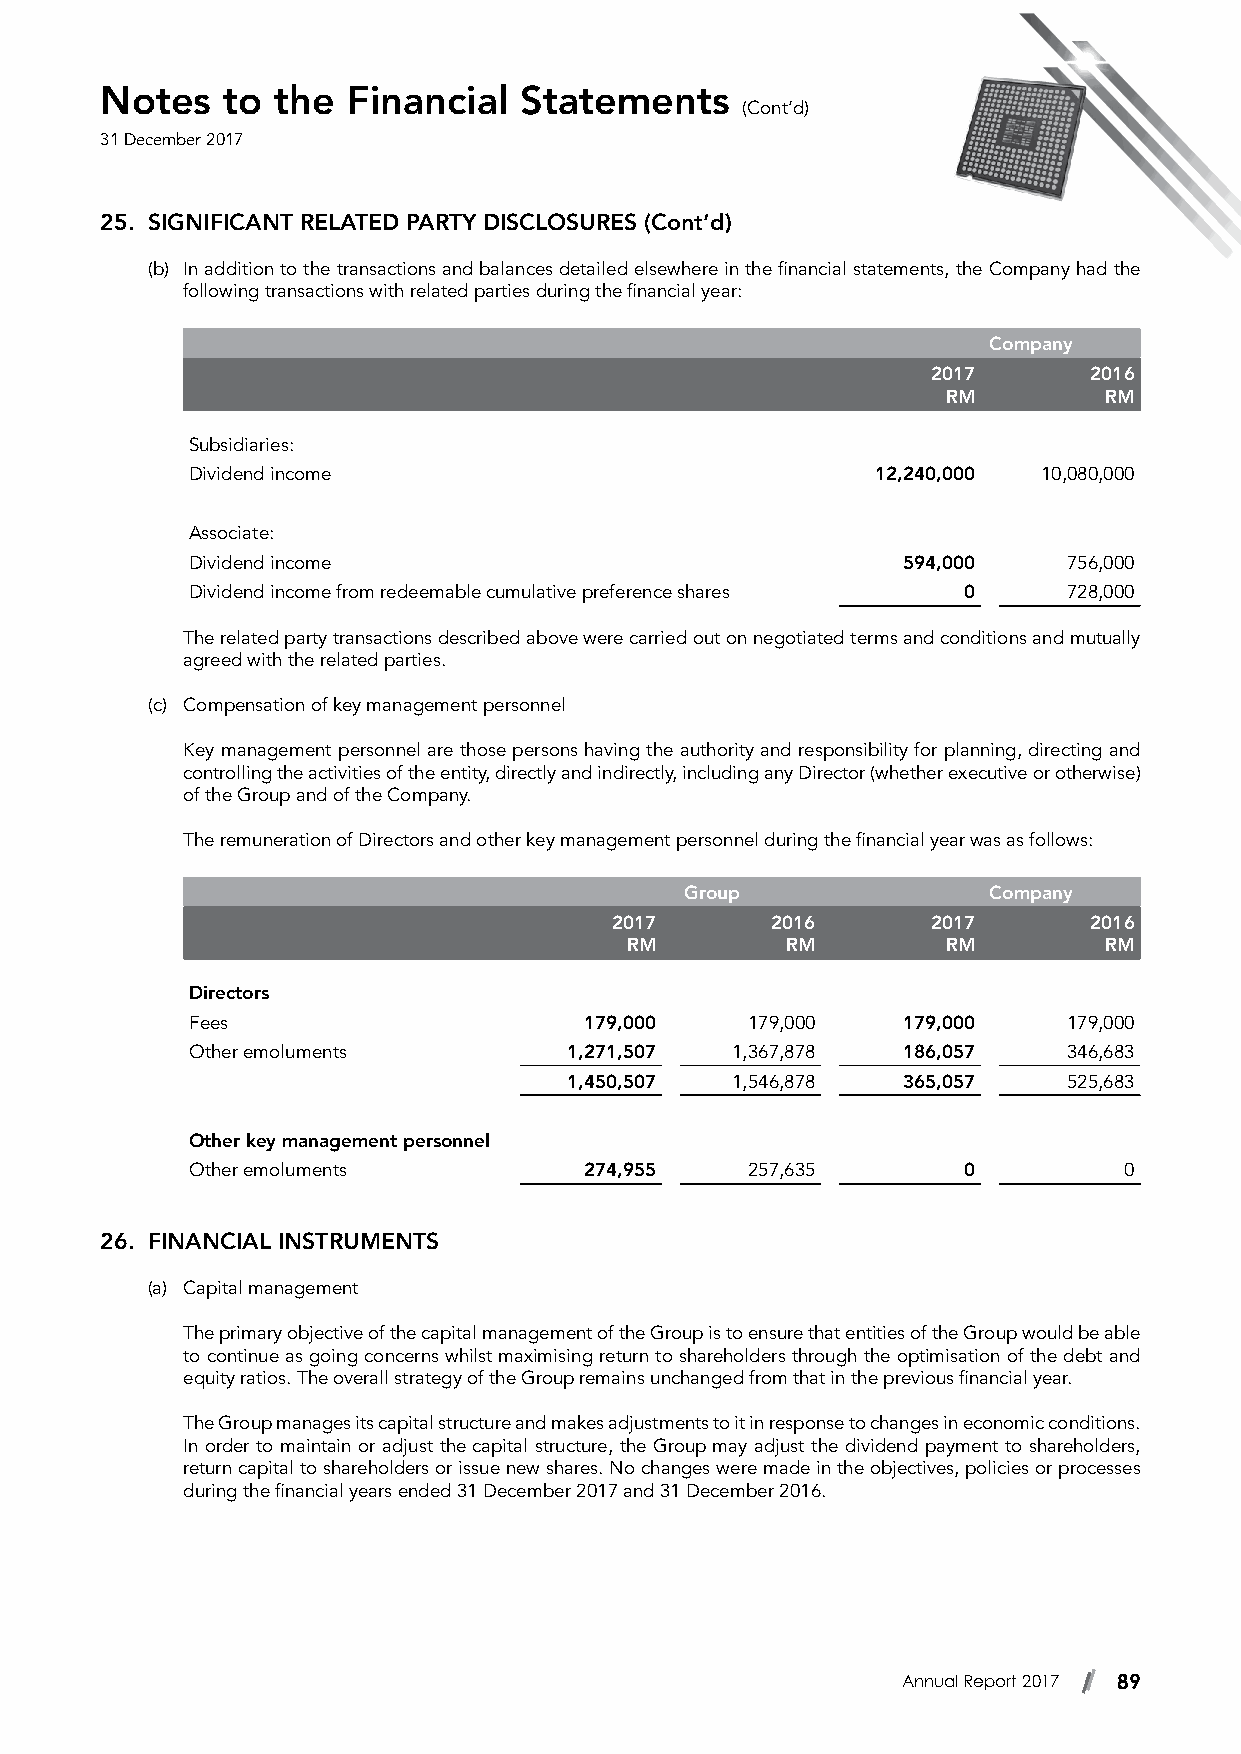
Notes   to the  Financial  Statements
 (Cont’d)
 31 December 2017
 25. SIGNIFICANT RELATED PARTY DISCLOSURES (Cont’d)
 (b) In addition to the transactions and balances detailed elsewhere in the financial statements, the Company had the
 following transactions with related parties during the financial year:
 Company
 2017      2016
 RM        RM
 Subsidiaries:
 Dividend income                              12,240,000 10,080,000
 Associate:
 Dividend income                                594,000    756,000
 Dividend income from redeemable cumulative preference shares 0 728,000
 The related party transactions described above were carried out on negotiated terms and conditions and mutually
 agreed with the related parties.
 (c) Compensation of key management personnel
 Key management personnel are those persons having the authority and responsibility for planning, directing and
 controlling the activities of the entity, directly and indirectly, including any Director (whether executive or otherwise)
 of the Group and of the Company.
 The remuneration of Directors and other key management personnel during the financial year was as follows:
 Group               Company
 2017       2016       2017      2016
 RM         RM         RM        RM
 Directors
 Fees                      179,000   179,000    179,000    179,000
 Other emoluments         1,271,507 1,367,878   186,057    346,683
 1,450,507 1,546,878   365,057    525,683
 Other key management personnel
 Other emoluments          274,955   257,635        0         0
 26. FINANCIAL INSTRUMENTS
 (a) Capital management
 The primary objective of the capital management of the Group is to ensure that entities of the Group would be able
 to continue as going concerns whilst maximising return to shareholders through the optimisation of the debt and
 equity ratios. The overall strategy of the Group remains unchanged from that in the previous financial year.
 The Group manages its capital structure and makes adjustments to it in response to changes in economic conditions.
 In order to maintain or adjust the capital structure, the Group may adjust the dividend payment to shareholders,
 return capital to shareholders or issue new shares. No changes were made in the objectives, policies or processes
 during the financial years ended 31 December 2017 and 31 December 2016.
 Annual Report 2017 89